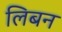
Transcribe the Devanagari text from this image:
लिबन